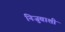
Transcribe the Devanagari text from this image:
निजुबाशी